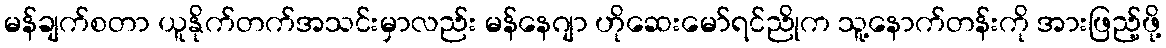
မန်ချက်စတာ ယူနိုက်တက်အသင်းမှာလည်း မန်နေဂျာ ဟိုဆေးမော်ရင်ညိုက သူ့နောက်တန်းကို အားဖြည့်ဖို့